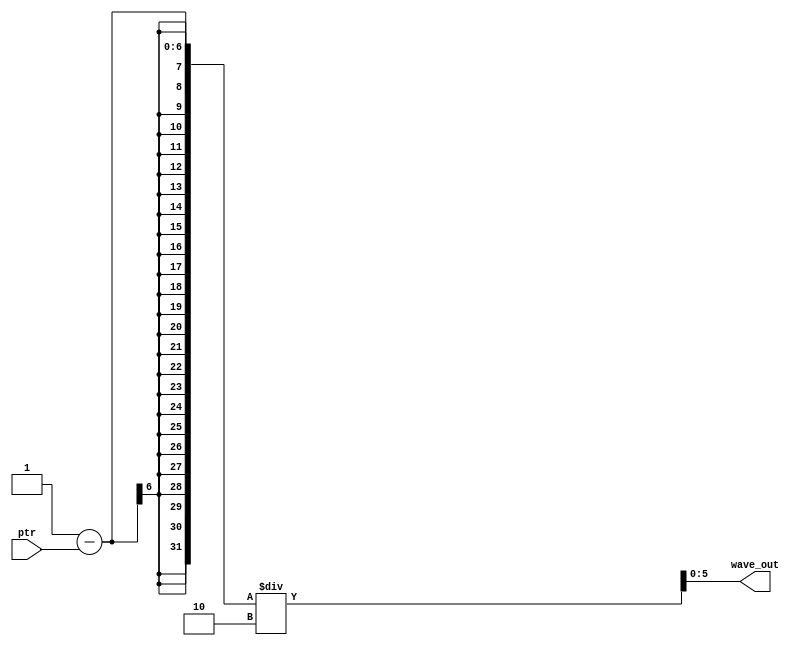
module top
(
   input [5:0] ptr,
   output [5:0] wave_out
);
   wire [31:0] w = 1-ptr;
   assign wave_out = w/2;
endmodule